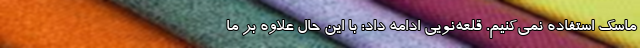
ماسک استفاده نمی‌کنیم. قلعه‌نویی ادامه داد: با این حال علاوه بر ما